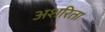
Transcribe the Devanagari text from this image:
अशरिता